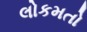
લોકમતો